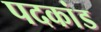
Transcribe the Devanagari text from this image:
पदकांड